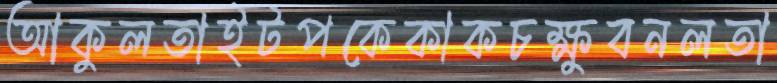
আকুলতাইটপকেকাকচক্ষুবনলতা